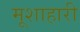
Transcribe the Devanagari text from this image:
मूशाहारी